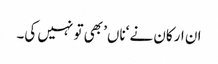
ان ارکان نے ‘ناں’ بھی تو نہیں کی۔